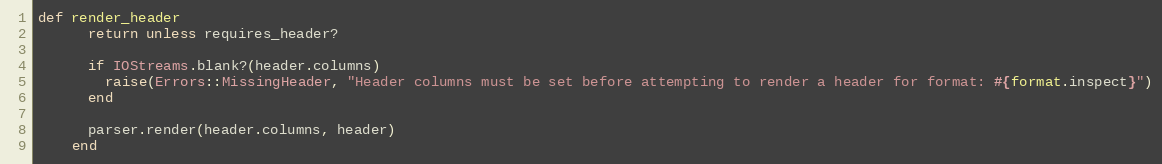
Language: Ruby
def render_header
      return unless requires_header?

      if IOStreams.blank?(header.columns)
        raise(Errors::MissingHeader, "Header columns must be set before attempting to render a header for format: #{format.inspect}")
      end

      parser.render(header.columns, header)
    end